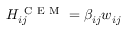
H _ { i j } ^ { \mathrm { ~ C ~ E ~ M ~ } } = \beta _ { i j } w _ { i j }